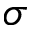
\sigma